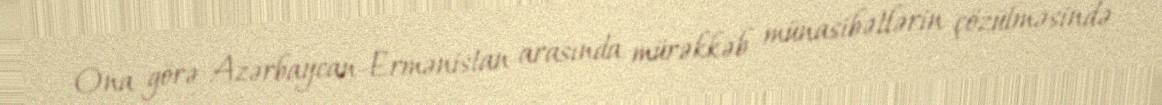
Ona görə Azərbaycan-Ermənistan arasında mürəkkəb münasibətlərin çözülməsində